Report on vaccination in Madras 1904-1921 - 1904-1921
Year: 1904
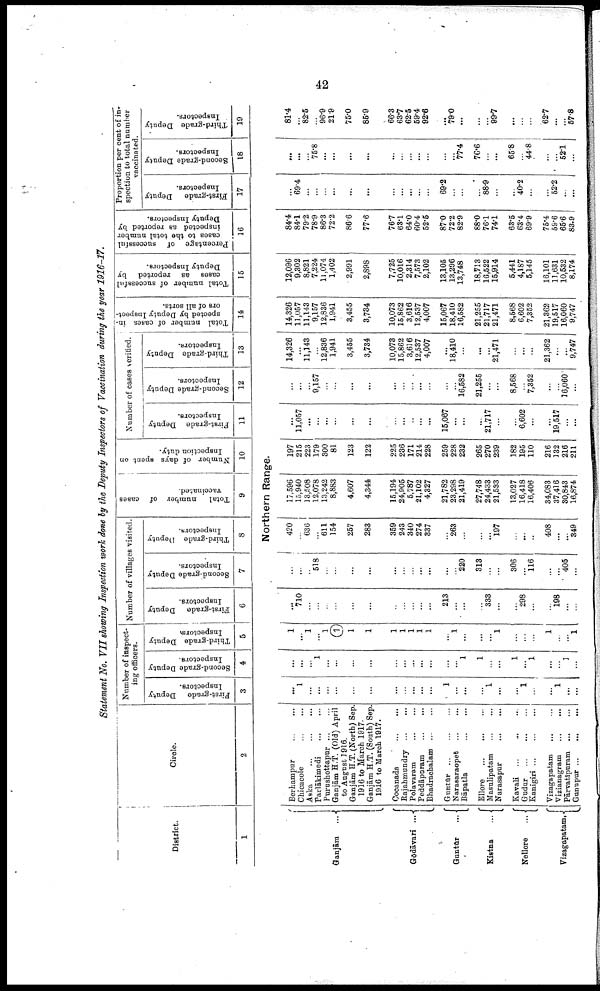
42
Statement No. VII showing Inspection work done by the Deputy Inspectors of Vaccination during the year 1916-17.
District.
1
Ganjām ...
Gōdāvari ...
Guntūr
...
Kistna
...
Nellore
...
Vizagapatam.
Circle.
2
Berhampur
...
...
Chicacole ... ...
Aska ... ... ...
Parlākimedi
...
...
Purushottapur ... ...
Ganjām H.T. (Old) April
to August 1916.
Ganjām H.T. (North) Sep.
1916 to March 1917.
Ganjām H.T. (South) Sep.
1916 to March 1917.
Cocanada ... ...
Rajahmundry
...
...
Polavaram ... ...
Peddāpuram
...
...
Bhadrachalam ... ...
Guntūr
...
...
...
Narasaraopet
...
...
Bāpatla
...
...
Ellore
...
...
...
Masulipatam ... ...
Narasapur
...
...
Kavali ... ... ...
Gudur
...
...
...
Kanigiri ... ... ...
Vizagapatam ... ...
Vizianagram ... ...
Pārvatipuram
...
...
Gunupur ... ... ...
Number of inspect
ing officers.
First-grade Deputy
Inspectors.
3
Second-grade Deputy
Inspectors.
4
Third-grade Deputy
Inspectors.
5
Number of villages visited.
First-grade Deputy
Inspectors.
6
Second-grade Deputy
Inspectors.
7
Third-grade Deputy
Inspectors.
8
Total
number of cases
vaccinated.
9
Number of days spent on
Inspection duty.
10
Number of cases verified.
First-grade Deputy
Inspectors.
11
Second-grade Deputy
Inspectors.
12
Third-grade Deputy
Inspectors.
13
Total number of cases in-
spected by Deputy Inspect.
ors of all sorts.
14
Total number of successful
cases as reported by
Deputy Inspectors.
15
Percentage of successful
cases to the total number
inspected as reported by
Deputy Inspectors.
16
Proportion per cent of in
spection to total number
vaccinated.
First-grade Deputy
Inspectors.
17
Second-grade Deputy
Inspectors.
18
Third-grade Deputy
Inspectors.
19
Northern Range.
...
1
...
...
...
...
...
...
...
...
...
...
...
1
...
...
...
1
...
...
1
...
...
1
...
...
...
...
...
1
...
...
...
...
...
...
...
...
...
...
...
1
1
...
...
1
...
1
...
...
1
...
1
...
1
...
1
①
1
1
1
1
1
1
1
...
1
...
...
...
1
...
...
...
1
...
...
1
...
710
...
...
...
...
...
...
...
...
...
...
...
213
...
...
...
333
...
...
298
...
...
198
...
...
...
...
...
518
...
...
...
...
...
...
...
...
...
...
...
220
313
...
...
306
...
116
...
...
405
...
420
...
636
...
611
154
257
283
359
243
340
274
337
...
263
...
...
...
197
...
...
...
408
...
...
349
17,596
15,940
13,508
12,078
13,242
8,883
4,607
4,344
15,194
24,905
5,787
21,102
4,327
21,782
23,298
21,419
27,748
24,433
21,533
13,027
16,418
16,406
34,083
37,416
30,843
16,874
197
215
223
179
300
81
123
122
225
236
171
214
228
259
228
232
265
270
239
182
195
110
216
132
216
211
...
11,057
...
...
...
...
...
...
...
...
...
...
...
15,067
...
...
...
21,717
...
...
6,602
...
...
19,517
...
...
...
...
...
9,157
...
...
...
...
...
...
...
...
...
...
...
16,582
21,255
...
...
8,568
...
7,352
...
...
16,060
...
14,326
...
11,143
...
12,836
1,941
3,455
3,734
10,073
15,862
3,616
12,537
4,007
...
18,410
...
...
...
21,471
...
...
...
21,362
...
...
9,747
14,326
11,057
11,143
9,157
12,836
1,941
3,455
3,734
10,073
15,862
3,616
12,537
4,007
15,067
18,410
16,582
21,255
21,717
21,471
8,568
6,602
7,352
21,362
19,517
16,060
9,747
12,096
9,302
8,821
7,224
11,074
1,402
2,991
2,898
7,725
10,016
2,314
7,573
2,102
13,105
13,296
13,748
18,713
16,522
15,914
5,441
4,187
5,145
16,101
11,631
10,532
8,174
84.4
84.1
79.2
78.9
86.3
72.2
86.6
77.6
76.7
63.1
64.0
60.4
52.5
87.0
72.2
82.9
88.0
76.1
74.1
63.5
63.4
69.9
75.4
59.6
65.6
83.9
...
69.4
...
...
...
...
...
...
...
...
...
...
...
69.2
...
...
...
88.9
...
...
40.2
...
...
52.2
...
...
...
...
...
75.8
...
...
...
...
...
...
...
...
...
...
...
77.4
76.6
...
...
65.8
...
44.8
...
...
52.1
...
81.4
...
82.5
...
96.9
21.9
75.0
85.9
66.3
63.7
62.5
59.4
92.6
...
79.0
...
...
...
99.7
...
...
...
62.7
...
...
57.8